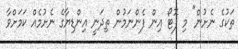
ތަކުގެ ނެށުން" މި ފޮޓޯ އިން ފެންނަމުން ތިދަނީ އިންޑިޔާގެ ނެށުމެއް ކަމަށްވާ